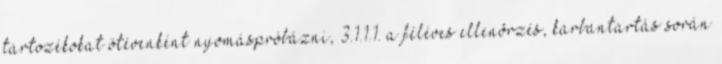
tartozékokat ötévenként nyomáspróbázni, 3.1.1.1. a féléves ellenõrzés, karbantartás során